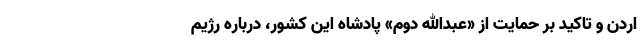
اردن و تاکید بر حمایت از «عبدالله دوم» پادشاه این کشور، درباره رژیم